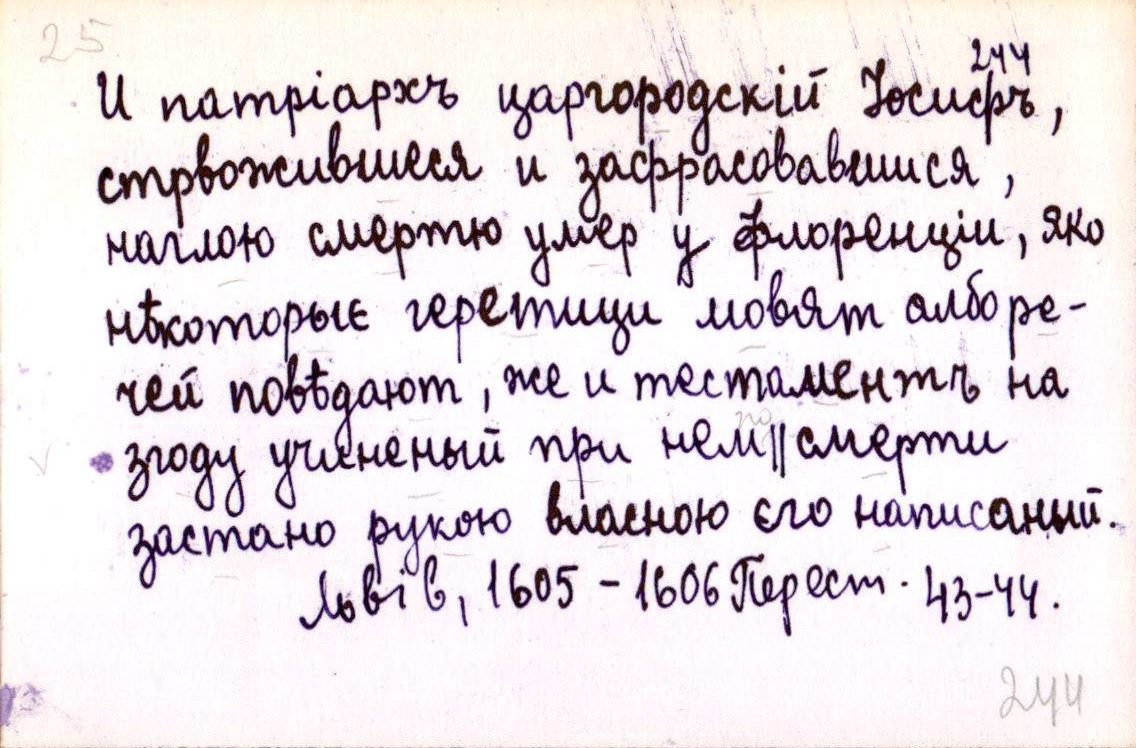
И патріархъ царгородскій Іосифъ,
стрвожившеся и зафрасовавшися,
наглою смертю умер у флоренціи, яко
нѣкоторыє геретици мовят албо ре-
чей повѣдают, же и тестаментъ на
згоду учиненый при нем║смерти
застано рукою власною єго написаный.
Львів, 1605-1606 Перест. 43-44.